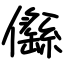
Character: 㒡